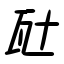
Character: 瓧